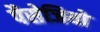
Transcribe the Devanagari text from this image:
पैसेजियो